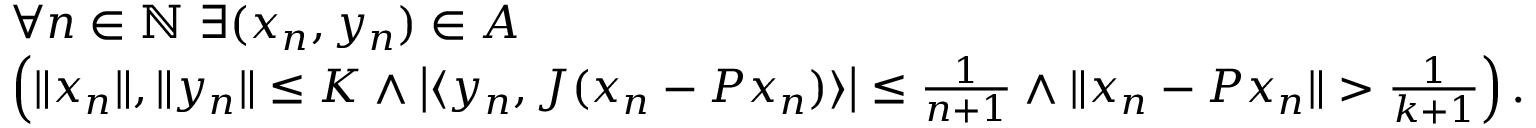
\begin{array} { r l } & { \forall n \in { \mathbb N } \ \exists ( x _ { n } , y _ { n } ) \in A } \\ & { \left( \| x _ { n } \| , \| y _ { n } \| \leq K \land \left\vert \langle y _ { n } , J ( x _ { n } - P x _ { n } ) \rangle \right\vert \leq \frac { 1 } { n + 1 } \land \| x _ { n } - P x _ { n } \| > \frac { 1 } { k + 1 } \right) . } \end{array}